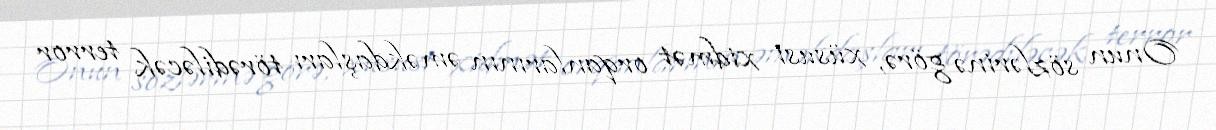
Onun sözlərinə görə, xüsusi xidmət orqanlarının əməkdaşları törədiləcək terror